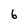
Character: 6